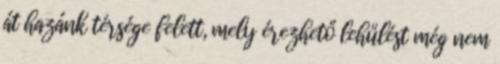
át hazánk térsége felett, mely érezhető lehűlést még nem